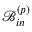
\mathcal { B } _ { i n } ^ { \left( p \right) }